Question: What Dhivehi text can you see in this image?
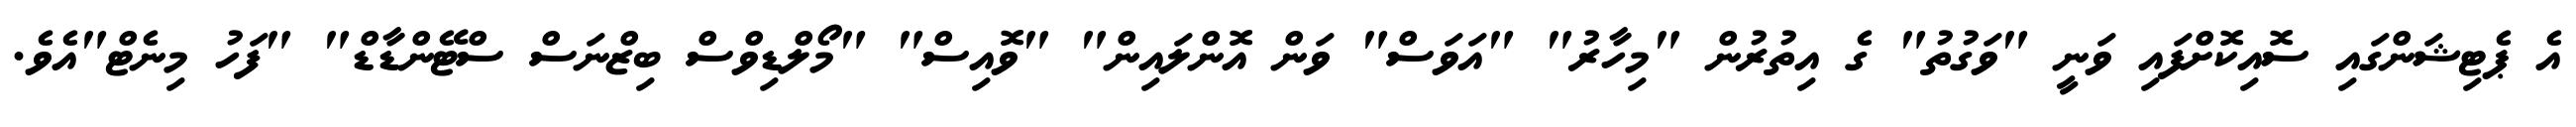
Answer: އެ ޕެޓިޝަންގައި ސޮއިކޮށްފައި ވަނީ "ވަގުތު" ގެ އިތުރުން "މިހާރު" "އަވަސް" ވަން އޮންލައިން" "ވޮއިސް" "މޯލްޑިވްސް ބިޒްނަސް ސްޓޭންޑާޑް" "ފަހު މިނެޓް"އެވެ.